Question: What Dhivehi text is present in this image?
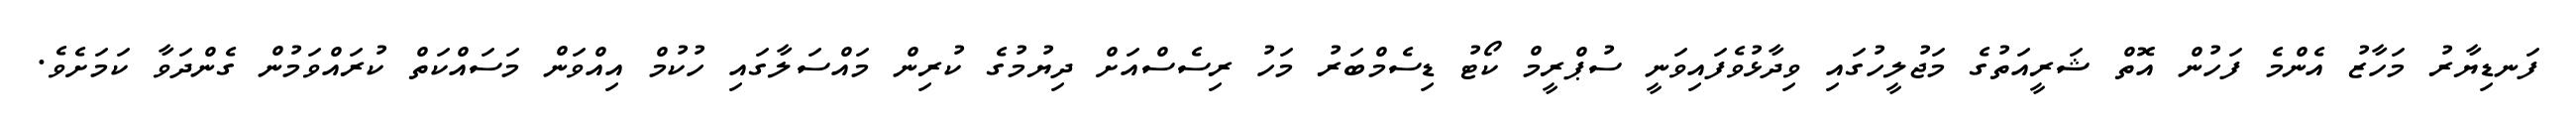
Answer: ފަނޑިޔާރު މަހާޒު އެންމެ ފަހުން އޮތް ޝަރީއަތުގެ މަޖުލީހުގައި ވިދާޅުވެފައިވަނީ ސުޕްރީމް ކޯޓު ޑިސެމްބަރު މަހު ރިސެސްއަށް ދިޔުމުގެ ކުރިން މައްސަލާގައި ހުކުމް އިއްވަން މަސައްކަތް ކުރައްވަމުން ގެންދަވާ ކަމަށެވެ.